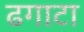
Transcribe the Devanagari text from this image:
ढगाटा